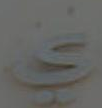
في